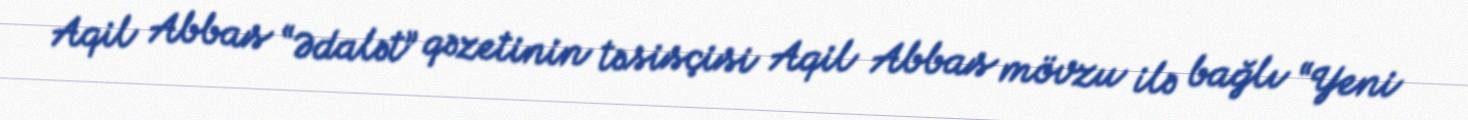
Aqil Abbas “Ədalət” qəzetinin təsisçisi Aqil Abbas mövzu ilə bağlı “Yeni